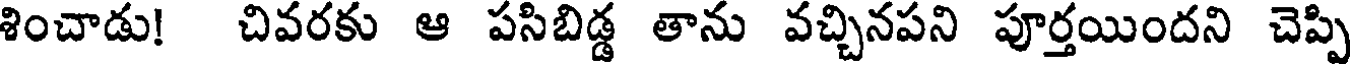
శించాడు! చివరకు ఆ పసిబిడ్డ తాను వచ్చినపని పూర్తయిందని చెప్పి